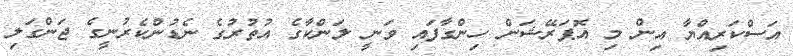
އަސްކަރިއްޔާ އިން މި އޮޕަރޭޝަން ހިންގާފައި ވަނީ ލަންކާގެ އުތުރުގެ ނެޑުންކެރުނީގެ ޖަންގަލި